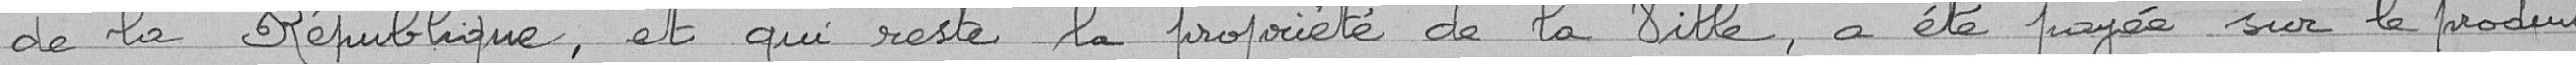
de la République, et qui reste de la propriété de la Ville, a été payée sur le produit